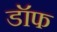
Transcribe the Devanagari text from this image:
डॉफ